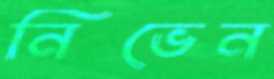
নিভেন